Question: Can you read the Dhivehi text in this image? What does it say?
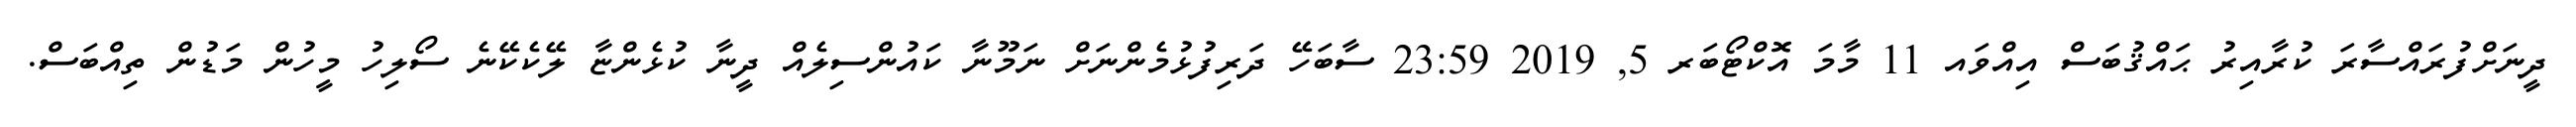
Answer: ދީނަށްފުރައްސާރަ ކުރާއިރު ޙައްޤުބަސް އިއްވައ 11 މާމަ އޮކްޓޯބަރ 5, 2019 23:59 ސާބަހޭ ދަރިފުޅުމެންނަށް ނަމޫނާ ކައުންސިލެއް ދީނާ ކުޅެންޏާ ލޭކެކޭނެ ސޯލިހު މީހުން މަޑުން ތިއްބަސް.